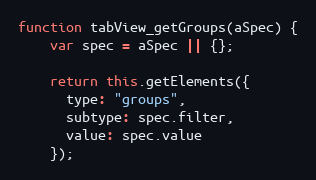
Language: JavaScript
function tabView_getGroups(aSpec) {
    var spec = aSpec || {};

    return this.getElements({
      type: "groups",
      subtype: spec.filter,
      value: spec.value
    });